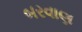
બરવાણ